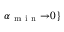
\alpha _ { \mathrm { ~ m ~ i ~ n ~ } } { \rightarrow } 0 \}